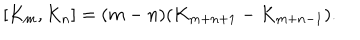
LaTeX: [ K _ { m } , K _ { n } ] = ( m - n ) ( K _ { m + n + 1 } - K _ { m + n - 1 } ) .